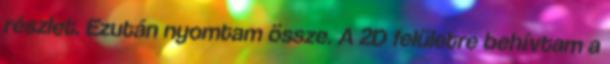
részlet. Ezután nyomtam össze. A 2D felületre behívtam a